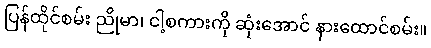
ပြန်ထိုင်စမ်း ညိုမာ၊ ငါ့စကားကို ဆုံးအောင် နားထောင်စမ်း။